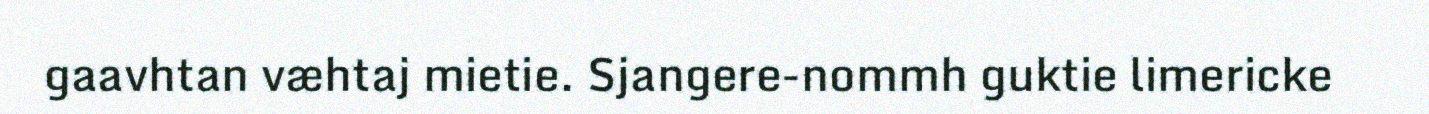
gaavhtan væhtaj mietie. Sjangere-nommh guktie limericke